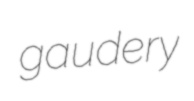
gaudery